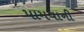
પામવાની